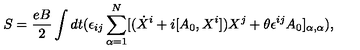
S = \frac { e B } { 2 } \int d t ( \epsilon _ { i j } \sum _ { \alpha = 1 } ^ { N } [ ( \dot { X } ^ { i } + i [ A _ { 0 } , X ^ { i } ] ) X ^ { j } + \theta \epsilon ^ { i j } A _ { 0 } ] _ { \alpha , \alpha } ) ,